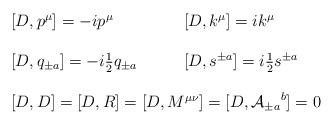
LaTeX: \begin{align*}\begin{array}{ll}[D,p^{\mu}]=-ip^{\mu}~~~&~~~[D,k^{\mu}]=ik^{\mu}\\{}&{}\\{[D,q_{\pm a}]=-i\textstyle{\frac{1}{2}}q_{\pm a}}~~~&~~~[D,s^{\pm a}]=i\textstyle{\frac{1}{2}}s^{\pm a}\\{}&{}\\\multicolumn{2}{c}{[D,D]=[D,R]=[D,M^{\mu\nu}]=[D,{{\cal A}_{\pm a}}^{b}]=0}\end{array}\end{align*}